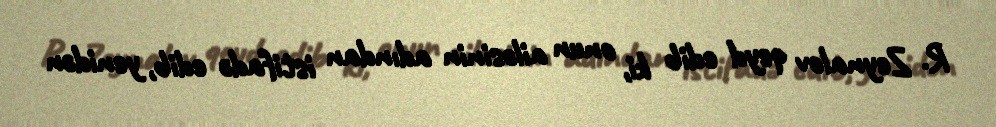
R. Zeynalov qeyd edib ki, onun ailəsinin adından istifadə edib, yenidən